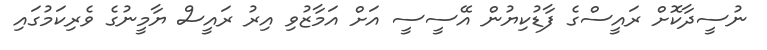
ނުސީދާކޮށް ރައީސްގެ ފާޑުކިޔުން އޭސީސީ އަށް އަމާޒުވި އިރު ރައީސް ޔާމީނުގެ ވެރިކަމުގައި